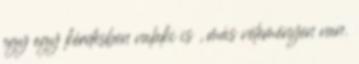
egy egy kérdésben valaki is , más véleményen van.